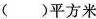
( ) 平 方 米$$